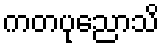
ကတပုညောသိ